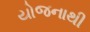
યોજનાથી